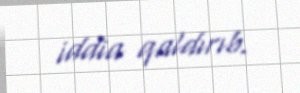
iddia qaldırıb.